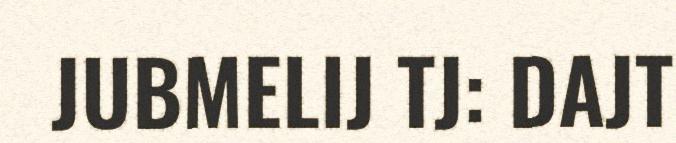
JUBMELIJ TJ: DAJT